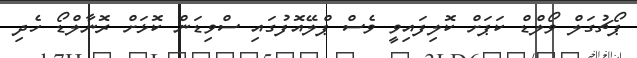
ޕޯޗުގަލް ވޯލްޑް ކަޕަށް ކޮލިފައިވީ ވެސް ޕްލޭއޮފުގައި ސްވިޑަން ކޮޅަށް ރޮނާލްޑޯ ހެދި